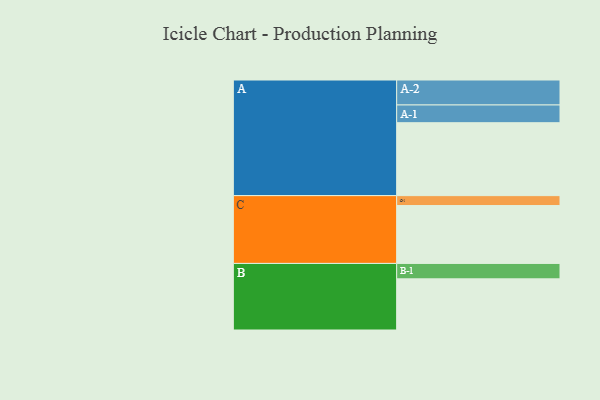
{"axis": {"x": "Segment", "y": "Value"}, "legend": ["", "A", "B", "C"], "data": [{"x": "A", "y": 596, "type": ""}, {"x": "B", "y": 418, "type": ""}, {"x": "C", "y": 473, "type": ""}, {"x": "A-1", "y": 145, "type": "A"}, {"x": "A-2", "y": 204, "type": "A"}, {"x": "B-1", "y": 126, "type": "B"}, {"x": "C-1", "y": 81, "type": "C"}]}